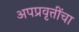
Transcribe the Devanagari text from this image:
अपप्रवृत्तींचा